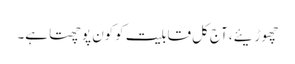
چھوڑیئے، آج کل قابلیت کوکون پوچھتا ہے۔